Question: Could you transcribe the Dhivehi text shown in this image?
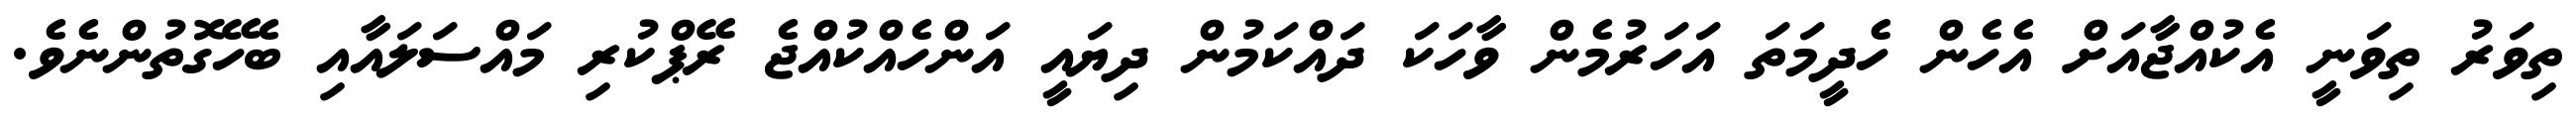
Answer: ތިވަރު ތިވަނީ އެކުއްޖާއަށް އެހެން ހެދީމަތަ އަހަރުމެން ވާހަކަ ދައްކަމުން ދިޔައީ އަންހެއްކުއްޖެ ރޭޕްކުރި މައްސަލައާއި ބެހޭގޮތުންނެވެ.